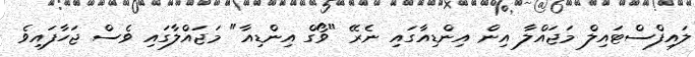
ލައިފްސްޓައިލް މަޖައްލާ އިން އިންޑިއާގައި ނެރޭ "ވޯގް އިންޑިއާ" މަޖައްލާގައި ވެސް ޖަހާފައިވެ